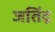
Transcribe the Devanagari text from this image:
जतिंद्र